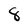
Character: 8